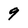
Character: 9